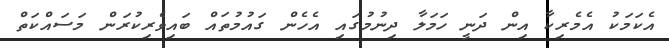
އެކަމަކު އެމެރިކާ އިން ދަނީ ހަމަލާ ދިނުމުގައި އެހެން ގައުމުތައް ބައިވެރިކުރަން މަސައްކަތް